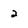
Character: 2